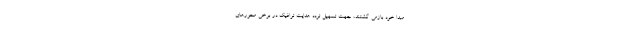
مبدا خود بازمی گشتند، جهت تسهیل تردد هدایت ترافیک در برخی محورهای